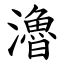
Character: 瀂